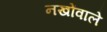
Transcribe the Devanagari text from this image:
नखोंवाले